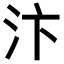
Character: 汴